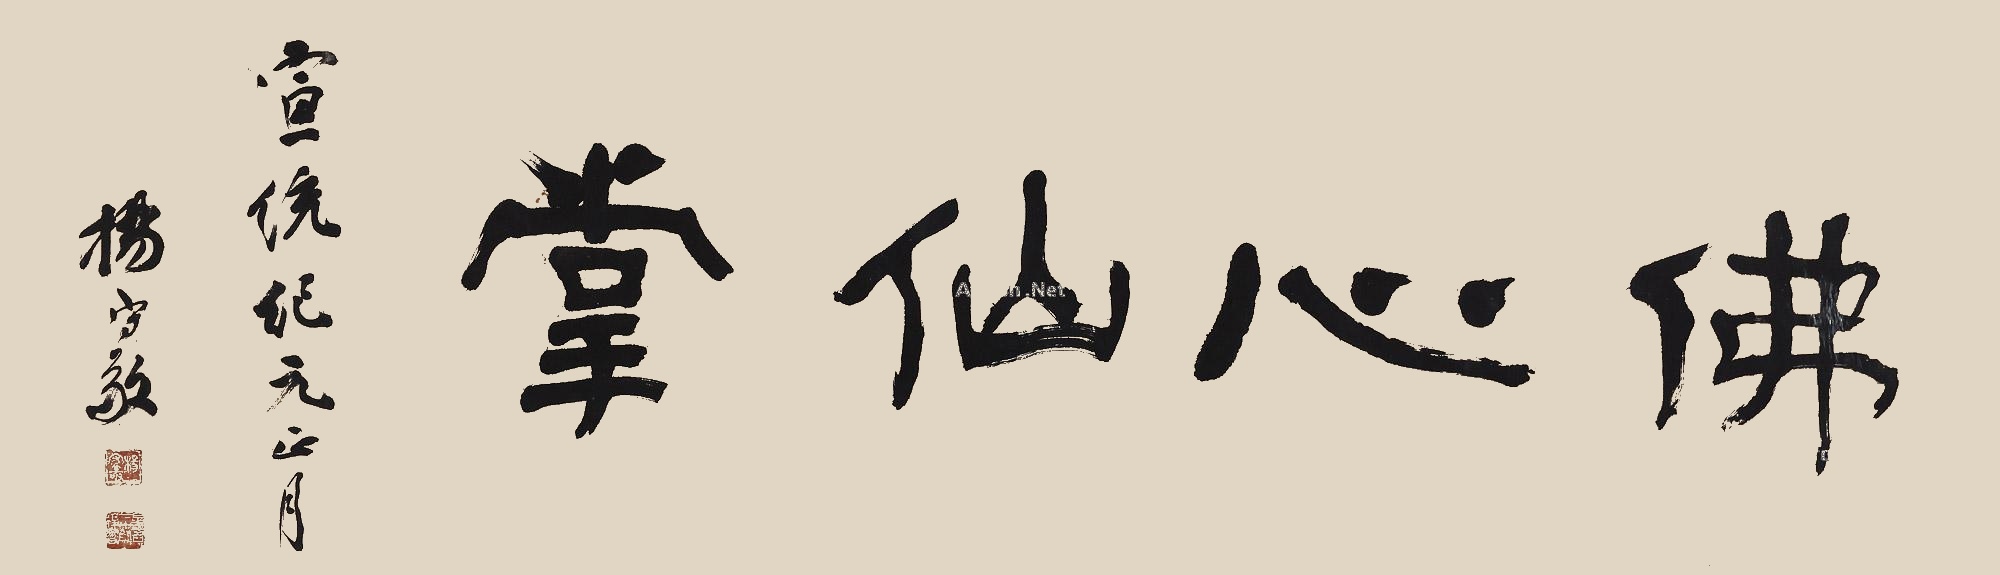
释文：佛心仙掌。宣统纪元正月，杨守敬。